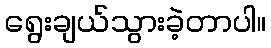
ရွေးချယ်သွားခဲ့တာပါ။